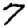
Digit: 7